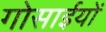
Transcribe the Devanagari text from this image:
गोसाईयों